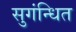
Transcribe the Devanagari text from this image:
सुगंन्‍धित